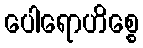
ပေါရောဟိစ္စေ